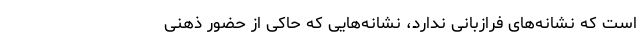
است که نشانه‌های فرازبانی ندارد، نشانه‌هایی که حاکی از حضور ذهنی